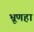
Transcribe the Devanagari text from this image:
भ्रूणहा